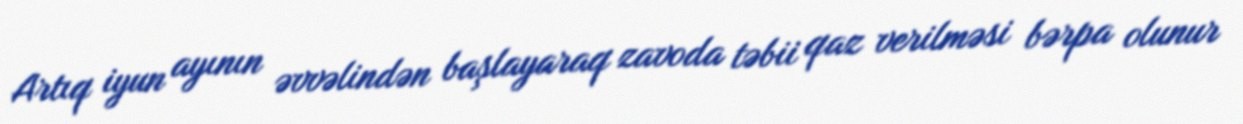
Artıq iyun ayının əvvəlindən başlayaraq zavoda təbii qaz verilməsi bərpa olunur